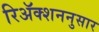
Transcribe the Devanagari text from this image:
रिॲक्शननुसार